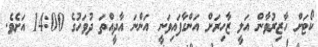
ކޯޓަށް ހާޒިރުވާން އަލީ ޒާހިރަށް އަންގާފައިވަނީ އަންނަ އާދީއްތަ ދުވަހުގެ 14:00 އަށެވެ.